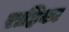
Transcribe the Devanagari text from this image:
राहिका